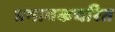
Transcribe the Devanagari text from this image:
प्रभावकचरित